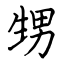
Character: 甥